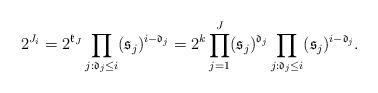
LaTeX: \begin{align*}2^{J_i}=2^{\mathfrak{k}_J}\prod_{j:\mathfrak{d}_j\leq i}(\mathfrak{s}_j)^{i-\mathfrak{d}_j}=2^{k}\prod_{j=1}^{J}(\mathfrak{s}_j)^{\mathfrak{d}_j}\prod_{j:\mathfrak{d}_j\leq i}(\mathfrak{s}_j)^{i-\mathfrak{d}_j}.\end{align*}